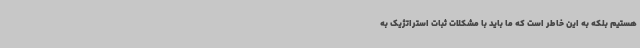
هستیم بلکه به این خاطر است که ما باید با مشکلات ثبات استراتژیک به